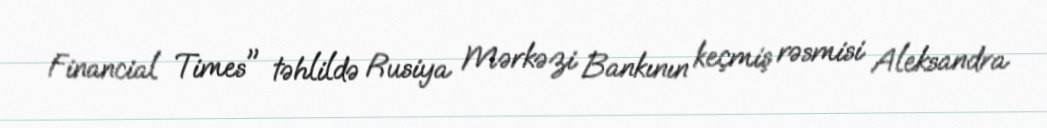
Financial Times" təhlildə Rusiya Mərkəzi Bankının keçmiş rəsmisi Aleksandra